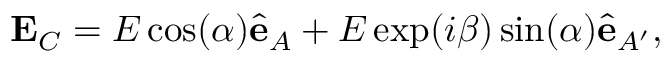
\mathbf { E } _ { C } = E \cos ( \alpha ) \hat { \mathbf { e } } _ { A } + E \exp ( i \beta ) \sin ( \alpha ) \hat { \mathbf { e } } _ { A ^ { \prime } } ,